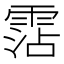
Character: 霑